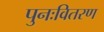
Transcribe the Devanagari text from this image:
पुनःवितरण